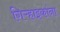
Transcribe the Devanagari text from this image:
गिऱ्हाइकांना